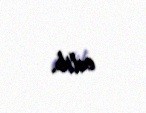
edib.